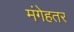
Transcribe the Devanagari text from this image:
मंगेहतर